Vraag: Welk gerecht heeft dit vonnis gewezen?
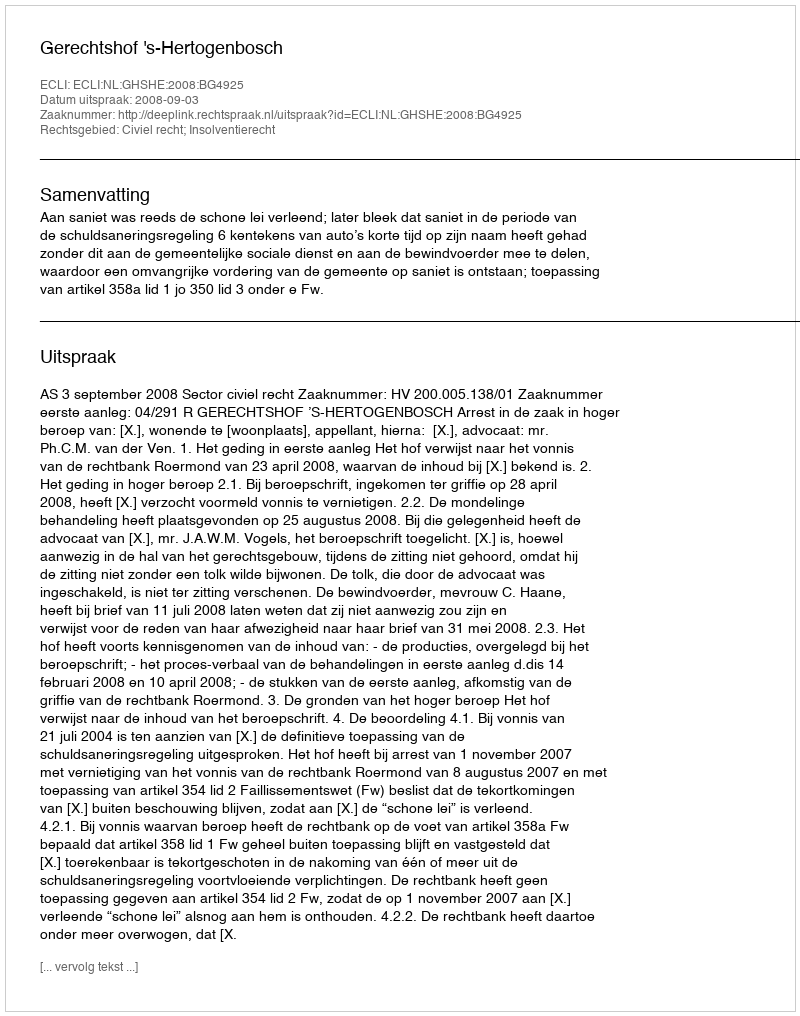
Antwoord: Gerechtshof 's-Hertogenbosch